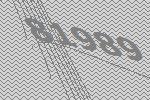
81989